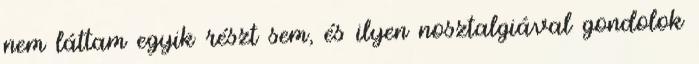
nem láttam egyik részt sem, és ilyen nosztalgiával gondolok